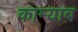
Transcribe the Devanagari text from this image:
काम्याब